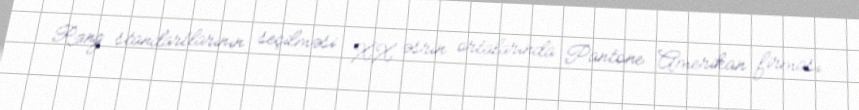
Rəng standartlarının seçilməsi XX əsrin ortalarında Pantone Amerikan firması